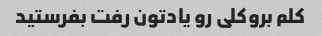
کلم بروکلی رو یادتون رفت بفرستید